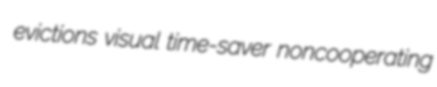
evictions visual time-saver noncooperating